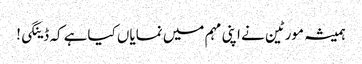
ہمیشہ مورٹین نے اپنی مہم میں نمایاں کیاہے کہ ڈینگی!